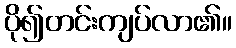
ပို၍တင်းကျပ်လာ၏။